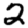
Digit: 2